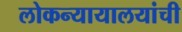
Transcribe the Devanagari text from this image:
लोकन्यायालयांची